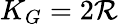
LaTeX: K_{G}=2\mathcal{R}